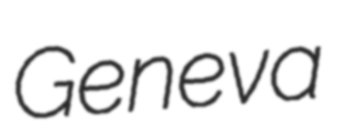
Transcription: Geneva